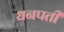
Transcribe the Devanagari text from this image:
धनपती